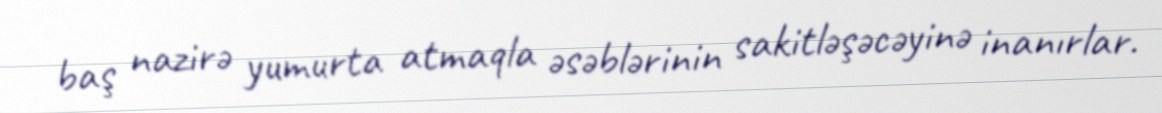
baş nazirə yumurta atmaqla əsəblərinin sakitləşəcəyinə inanırlar.